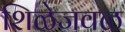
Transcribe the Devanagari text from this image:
शिळेजवळ